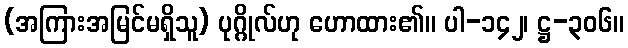
(အကြားအမြင်မရှိသူ) ပုဂ္ဂိုလ်ဟု ဟောထား၏။ ပါ-၁၄၂၊ ဋ္ဌ-၃၀၆။